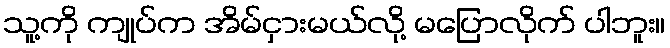
သူ့ကို ကျုပ်က အိမ်ငှားမယ်လို့ မပြောလိုက် ပါဘူး။